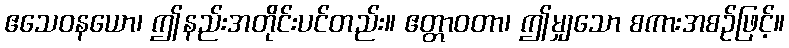
ဧသေဝနယော၊ ဤနည်းအတိုင်းပင်တည်း။ ဧတ္တာဝတာ၊ ဤမျှသော စကားအစဉ်ဖြင့်။